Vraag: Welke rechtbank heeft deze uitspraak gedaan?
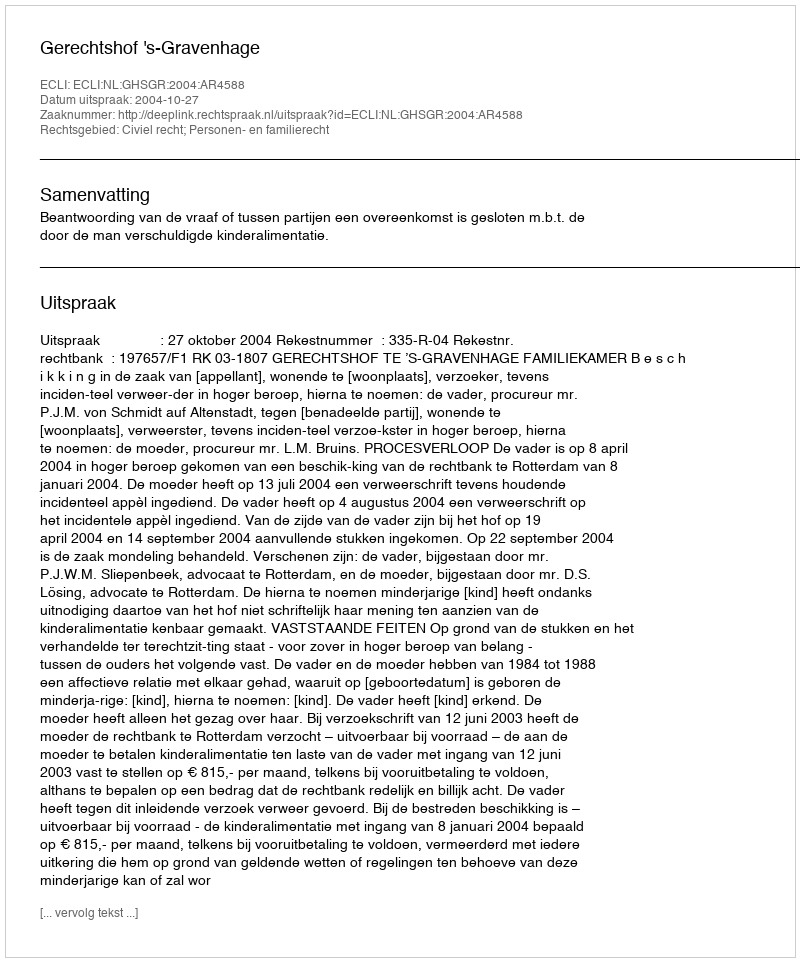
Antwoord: Gerechtshof 's-Gravenhage